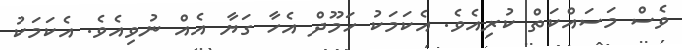
ވެސް މަސައްކަތް ކުރިއެވެ. އެކަމަކު ހަމޫދް އެހާ ގަަޔާ އެއް ނުވިއެވެ. އެކަމަކު